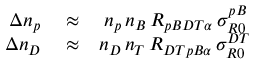
\begin{array} { r l r } { \Delta n _ { p } } & { { } \approx } & { n _ { p } \, n _ { B } \, { \cal R } _ { p B D T \alpha } \, \sigma _ { R 0 } ^ { p B } \, } \\ { \Delta n _ { D } } & { { } \approx } & { n _ { D } \, n _ { T } \, { \cal R } _ { D T p B \alpha } \, \sigma _ { R 0 } ^ { D T } } \end{array}